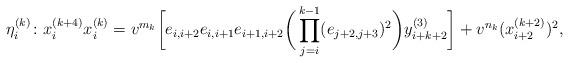
LaTeX: \begin{align*} \eta_{i}^{(k)}\colon x_{i}^{(k+4)}x_{i}^{(k)}=v^{m_k}\bigg[ e_{i,i+2}e_{i,i+1}e_{i+1,i+2}\bigg(\prod_{j=i}^{k-1}(e_{j+2,j+3})^{2}\bigg)y_{i+k+2}^{(3)}\bigg]+v^{n_k}(x_{i+2}^{(k+2)})^2, \end{align*}